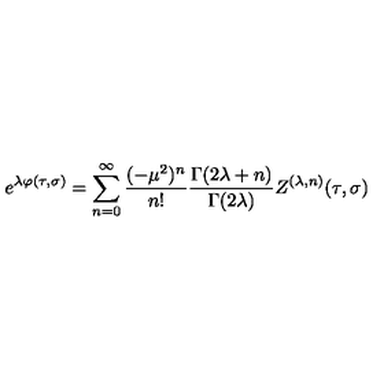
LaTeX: e ^ { \lambda \varphi ( \tau , \sigma ) } = \sum _ { n = 0 } ^ { \infty } \frac { ( - \mu ^ { 2 } ) ^ { n } } { n ! } \frac { \Gamma ( 2 \lambda + n ) } { \Gamma ( 2 \lambda ) } Z ^ { ( \lambda , n ) } ( \tau , \sigma )